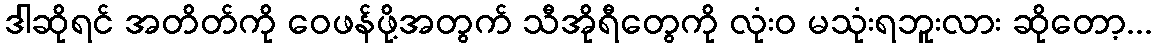
ဒါဆိုရင် အတိတ်ကို ဝေဖန်ဖို့အတွက် သီအိုရီတွေကို လုံးဝ မသုံးရဘူးလား ဆိုတော့...